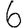
Digit: 6